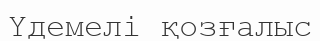
Үдемелі қозғалыс